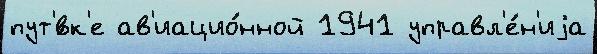
пут'́вк'е ав'иацио́нной 1941 управл'е́н'иjа